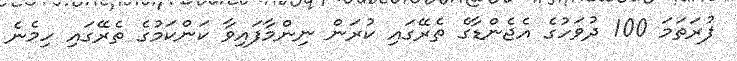
ފުރަތަމަ 100 ދުވަހުގެ އެޖެންޑާގެ ތެރޭގައި ކުރަން ނިންމާފައިވާ ކަންކަމުގެ ތެރޭގައި ހިމެނެ